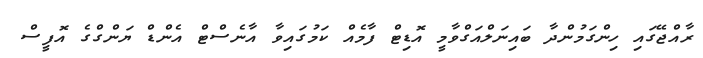
ރާއްޖޭގައި ހިންގަމުންދާ ބައިނަލްއަގްވާމީ އޮޑިޓް ފާމެއް ކަމުގައިވާ އާނެސްޓް އެންޑް ޔަންގްގެ އޮފީސް